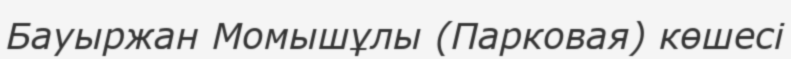
Бауыржан Момышұлы (Парковая) көшесі